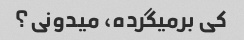
کی برمیگرده، میدونی؟